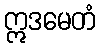
ဣဒမေတံ